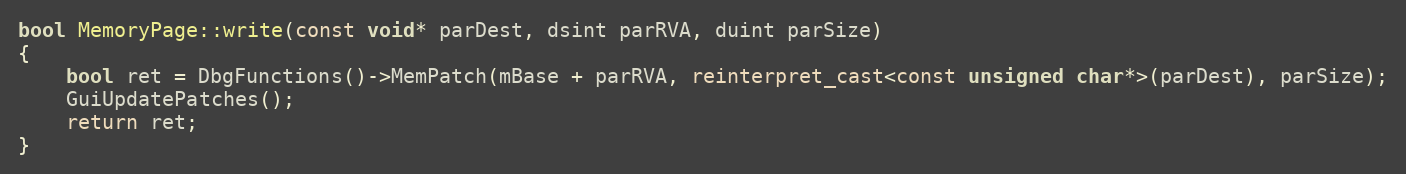
Language: C++
bool MemoryPage::write(const void* parDest, dsint parRVA, duint parSize)
{
    bool ret = DbgFunctions()->MemPatch(mBase + parRVA, reinterpret_cast<const unsigned char*>(parDest), parSize);
    GuiUpdatePatches();
    return ret;
}